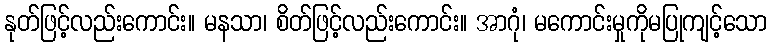
နုတ်ဖြင့်လည်းကောင်း။ မနသာ၊ စိတ်ဖြင့်လည်းကောင်း။ အာဂုံ၊ မကောင်းမှုကိုမပြုကျင့်သော